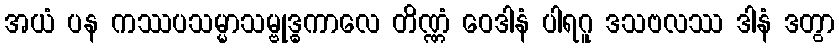
အယံ ပန ကဿပသမ္မာသမ္ဗုဒ္ဓကာလေ တိဏ္ဏံ ဝေဒါနံ ပါရဂူ ဒသဗလဿ ဒါနံ ဒတွာ